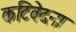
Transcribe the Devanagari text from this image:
कटिवेदना